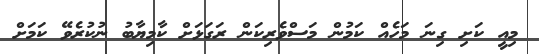
މިއީ ކަށި ގިނަ މަހެއް ކަމުން މަސްވެރިކަން ރަގަޅަށް ކާމިޔާބު ނުކުރެވޭ ކަމަށް